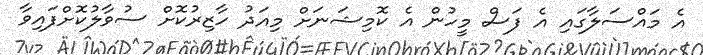
އެ މައްސަލާގައި އެ ފަސް މީހުން އެ ކޮމިޝަނަށް މިއަދު ހާޒިރުކޮށް ސުވާލުކޮށްފައިވާ